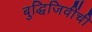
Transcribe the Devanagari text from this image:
बुद्धिजिवींची